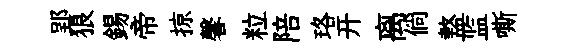
郢狼錫帝掠馨粒陪珞开离倘盩监嘶